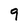
Character: 9